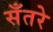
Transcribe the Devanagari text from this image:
सँतरे